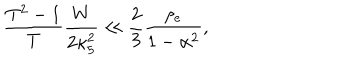
LaTeX: \frac { T ^ { 2 } - 1 } { T } \frac { W } { 2 \kappa _ { 5 } ^ { 2 } } \ll \frac { 2 } { 3 } \frac { \rho _ { e } } { 1 - \alpha ^ { 2 } } ,